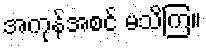
အကုန်အစင် မသိကြ။